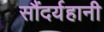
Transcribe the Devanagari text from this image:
सौंदर्यहानी